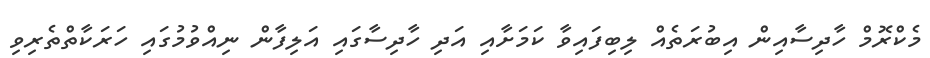
މެކްރޮމް ހާދިސާއިން އިބުރަތެއް ލިބިފައިވާ ކަމަށާއި އަދި ހާދިސާގައި އަލިފާން ނިއްވުމުގައި ހަރަކާތްތެރިވި